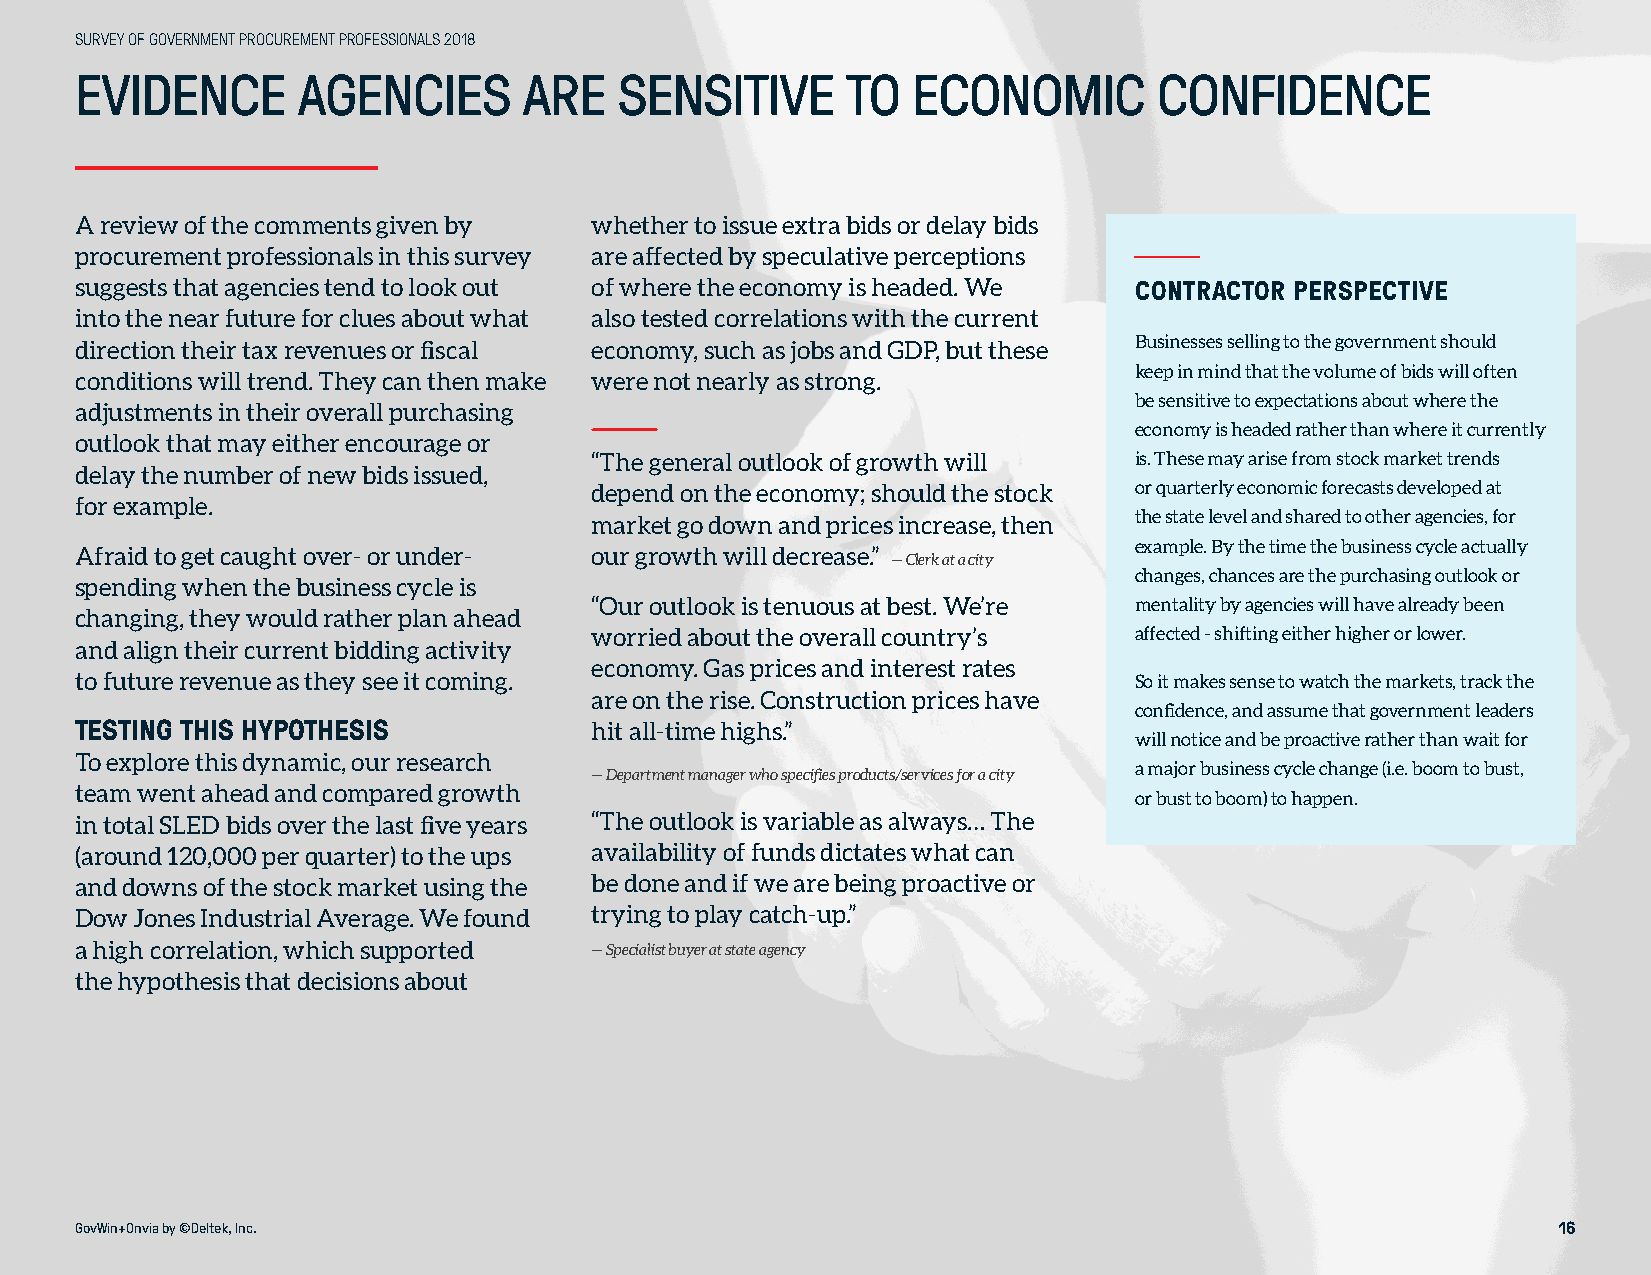
SURVEY OF GOVERNMENT PROCUREMENT PROFESSIONALS 2018
 EVIDENCE       AGENCIES       ARE   SENSITIVE      TO  ECONOMIC         CONFIDENCE
 A review of the comments given by whether to issue extra bids or delay bids
 procurement professionals in this survey are affected by speculative perceptions
 suggests that agencies tend to look out of where the economy is headed. We CONTRACTOR PERSPECTIVE
 into the near future for clues about what also tested correlations with the current
 direction their tax revenues or fiscal economy, such as jobs and GDP, but these Businesses selling to the government should
 keep in mind that the volume of bids will often
 conditions will trend. They can then make were not nearly as strong.
 be sensitive to expectations about where the
 adjustments in their overall purchasing
 economy is headed rather than where it currently
 outlook that may either encourage or
 “The general outlook of growth will is. These may arise from stock market trends
 delay the number of new bids issued,
 depend on the economy; should the stock or quarterly economic forecasts developed at
 for example.
 market go down and prices increase, then the state level and shared to other agencies, for
 example. By the time the business cycle actually
 Afraid to get caught over- or under- our growth will decrease.” — Clerk at a city
 changes, chances are the purchasing outlook or
 spending when the business cycle is
 “Our outlook is tenuous at best. We’re mentality by agencies will have already been
 changing, they would rather plan ahead
 worried about the overall country’s affected - shifting either higher or lower.
 and align their current bidding activity
 economy. Gas prices and interest rates
 to future revenue as they see it coming.                              So it makes sense to watch the markets, track the
 are on the rise. Construction prices have
 confidence, and assume that government leaders
 TESTING THIS HYPOTHESIS           hit all-time highs.”
 will notice and be proactive rather than wait for
 To explore this dynamic, our research
 — Department manager who specifies products/services for a city a major business cycle change (i.e. boom to bust,
 team went ahead and compared growth
 or bust to boom) to happen.
 in total SLED bids over the last five years “The outlook is variable as always… The
 (around 120,000 per quarter) to the ups availability of funds dictates what can
 and downs of the stock market using the be done and if we are being proactive or
 Dow Jones Industrial Average. We found trying to play catch-up.”
 a high correlation, which supported — Specialist buyer at state agency
 the hypothesis that decisions about
 GovWin+Onvia by ©Deltek, Inc.                                                                     16